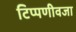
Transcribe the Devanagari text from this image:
टिप्पणीवजा